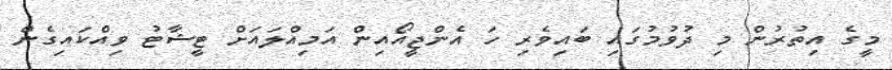
މީގެ އިތުރުން މި ދުވުމުގައި ބައިވެރި ހަ އެންޖީއޯއިން އަމިއްލައަށް ޓީޝާޓު ވިއްކައިގެން